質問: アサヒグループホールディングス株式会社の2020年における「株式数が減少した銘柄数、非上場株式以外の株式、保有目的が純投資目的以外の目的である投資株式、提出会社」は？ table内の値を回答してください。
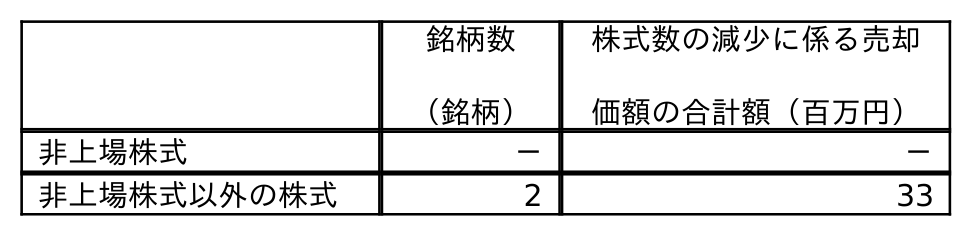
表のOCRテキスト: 銘柄数 （銘柄） 株式数の減少に係る売却 価額の合計額（百万円） 非上場株式 － － 非上場株式以外の株式 2 33
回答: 2